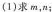
(1)求m，n；